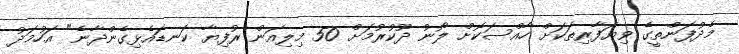
މެދުފަންތީގެ ވިޔަފާރިތަކަށް ހާއްސަކޮށް ލޯނު ދޫކުރުމަށް 50 މިލިއަން ރުފިޔާ ކަނޑައެޅިގެންދާނެ" އަހުމަދު